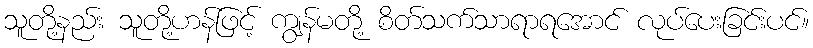
သူတို့နည်း သူတို့ဟန်ဖြင့် ကျွန်မတို့ စိတ်သက်သာရာရအောင် လုပ်ပေးခြင်းပင်။